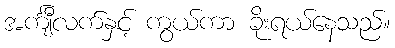
အင်္ကျီလက်နှင့် ကွယ်ကာ ခိုးရယ်နေသည်။